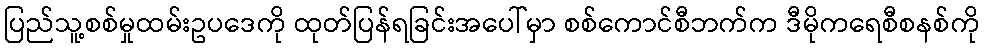
ပြည်သူ့စစ်မှုထမ်းဥပဒေကို ထုတ်ပြန်ရခြင်းအပေါ်မှာ စစ်ကောင်စီဘက်က ဒီမိုကရေစီစနစ်ကို